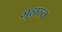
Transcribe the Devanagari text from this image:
गुहान्त